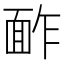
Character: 䩆